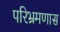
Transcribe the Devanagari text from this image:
परिभ्रमणास